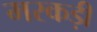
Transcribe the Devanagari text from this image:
मरकड़ी